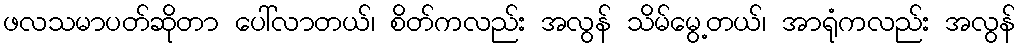
ဖလသမာပတ်ဆိုတာ ပေါ်လာတယ်၊ စိတ်ကလည်း အလွန် သိမ်မွေ့တယ်၊ အာရုံကလည်း အလွန်